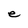
Character: e